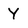
Character: Y